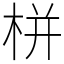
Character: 栟